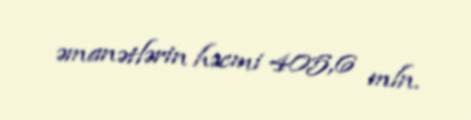
əmanətlərin həcmi 405,6 mln.